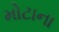
મોટાના